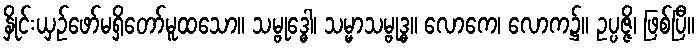
နှိုင်းယှဉ်ဖော်မရှိတော်မူထသော။ သမ္ဗုဒ္ဓေါ၊ သမ္မာသမ္ဗုဒ္ဓ။ လောကေ၊ လောက၌။ ဥပ္ပဇ္ဇိ၊ ဖြစ်ပြီ။